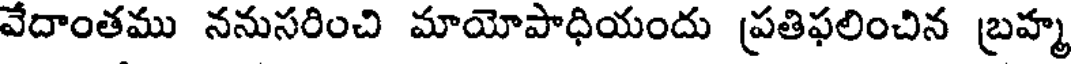
వేదాంతము ననుసరించి మాయోపాధియందు ప్రతిఫలించిన బ్రహ్మ